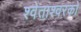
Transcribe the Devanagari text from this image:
श्वेताश्वरको